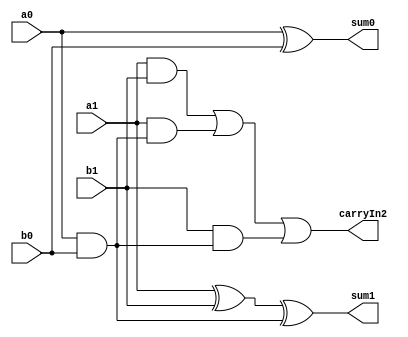
module Adder2bit(a1,b1,a0,b0, carryIn2, sum1, sum0);
input a1,b1,a0,b0;
output carryIn2, sum1, sum0;
wire carryIn1;

assign carryIn1 = a0&b0;
assign sum0 = a0^b0;
assign sum1 = a1^b1^carryIn1;
assign carryIn2 = (a1&b1) | (a1&carryIn1) | (b1&carryIn1);
endmodule

module Testbench;
reg a1,b1,a0,b0;
wire carryIn2, sum1, sum0;
initial
begin
$display("time a[1] a[0] b[1] b[0] carryIn2 sum1 sum0");
a1=1'b0; b1=1'b0; a0=1'b0; b0=1'b0;
#15 $finish;
end

always #8 a1 = ~a1;
always #4 a0 = ~a0;
always #2 b1 = ~b1;
always #1 b0 = ~b0;
Adder2bit UI(a1,b1,a0,b0,carryIn2,sum1,sum0);
initial
$monitor("%g    %b    %b   %b   %b   %b   %b   %b",$time,	a1,	a0,	b1,	b0,	carryIn2,	sum1,	sum0);
endmodule